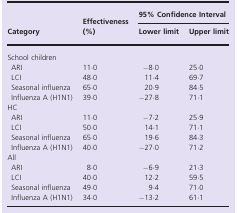
|  |  | <COLSPAN=2> 95% Confidence Interval |
 | Category | Effectiveness (%) | Lower limit | Upper limit |
 | --- | --- | --- | --- |
 | <COLSPAN=4> School children |
 | ARI | 11·0 | −8·0 | 25·0 |
 | LCI | 48·0 | 11·4 | 69·7 |
 | Seasonal influenza | 65·0 | 20·9 | 84·5 |
 | Influenza A (H1N1) | 39·0 | −27·8 | 71·1 |
 | <COLSPAN=4> HC |
 | ARI | 11·0 | −7·2 | 25·9 |
 | LCI | 50·0 | 14·1 | 71·1 |
 | Seasonal influenza | 65·0 | 19·6 | 84·3 |
 | Influenza A (H1N1) | 40·0 | −27·0 | 71·2 |
 | <COLSPAN=4> All |
 | ARI | 8·0 | −6·9 | 21·3 |
 | LCI | 40·0 | 12·2 | 59·5 |
 | Seasonal influenza | 49·0 | 9·4 | 71·0 |
 | Influenza A (H1N1) | 34·0 | −13·2 | 61·1 |